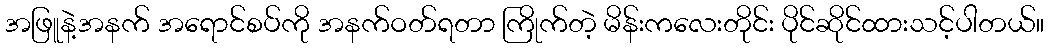
အဖြူနဲ့အနက် အရောင်စပ်ကို အနက်ဝတ်ရတာ ကြိုက်တဲ့ မိန်းကလေးတိုင်း ပိုင်ဆိုင်ထားသင့်ပါတယ်။